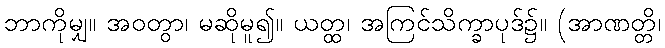
ဘာကိုမျှ။ အဝတွာ၊ မဆိုမူ၍။ ယတ္ထ၊ အကြင်သိက္ခာပုဒ်၌။ (အာဏတ္တိ၊